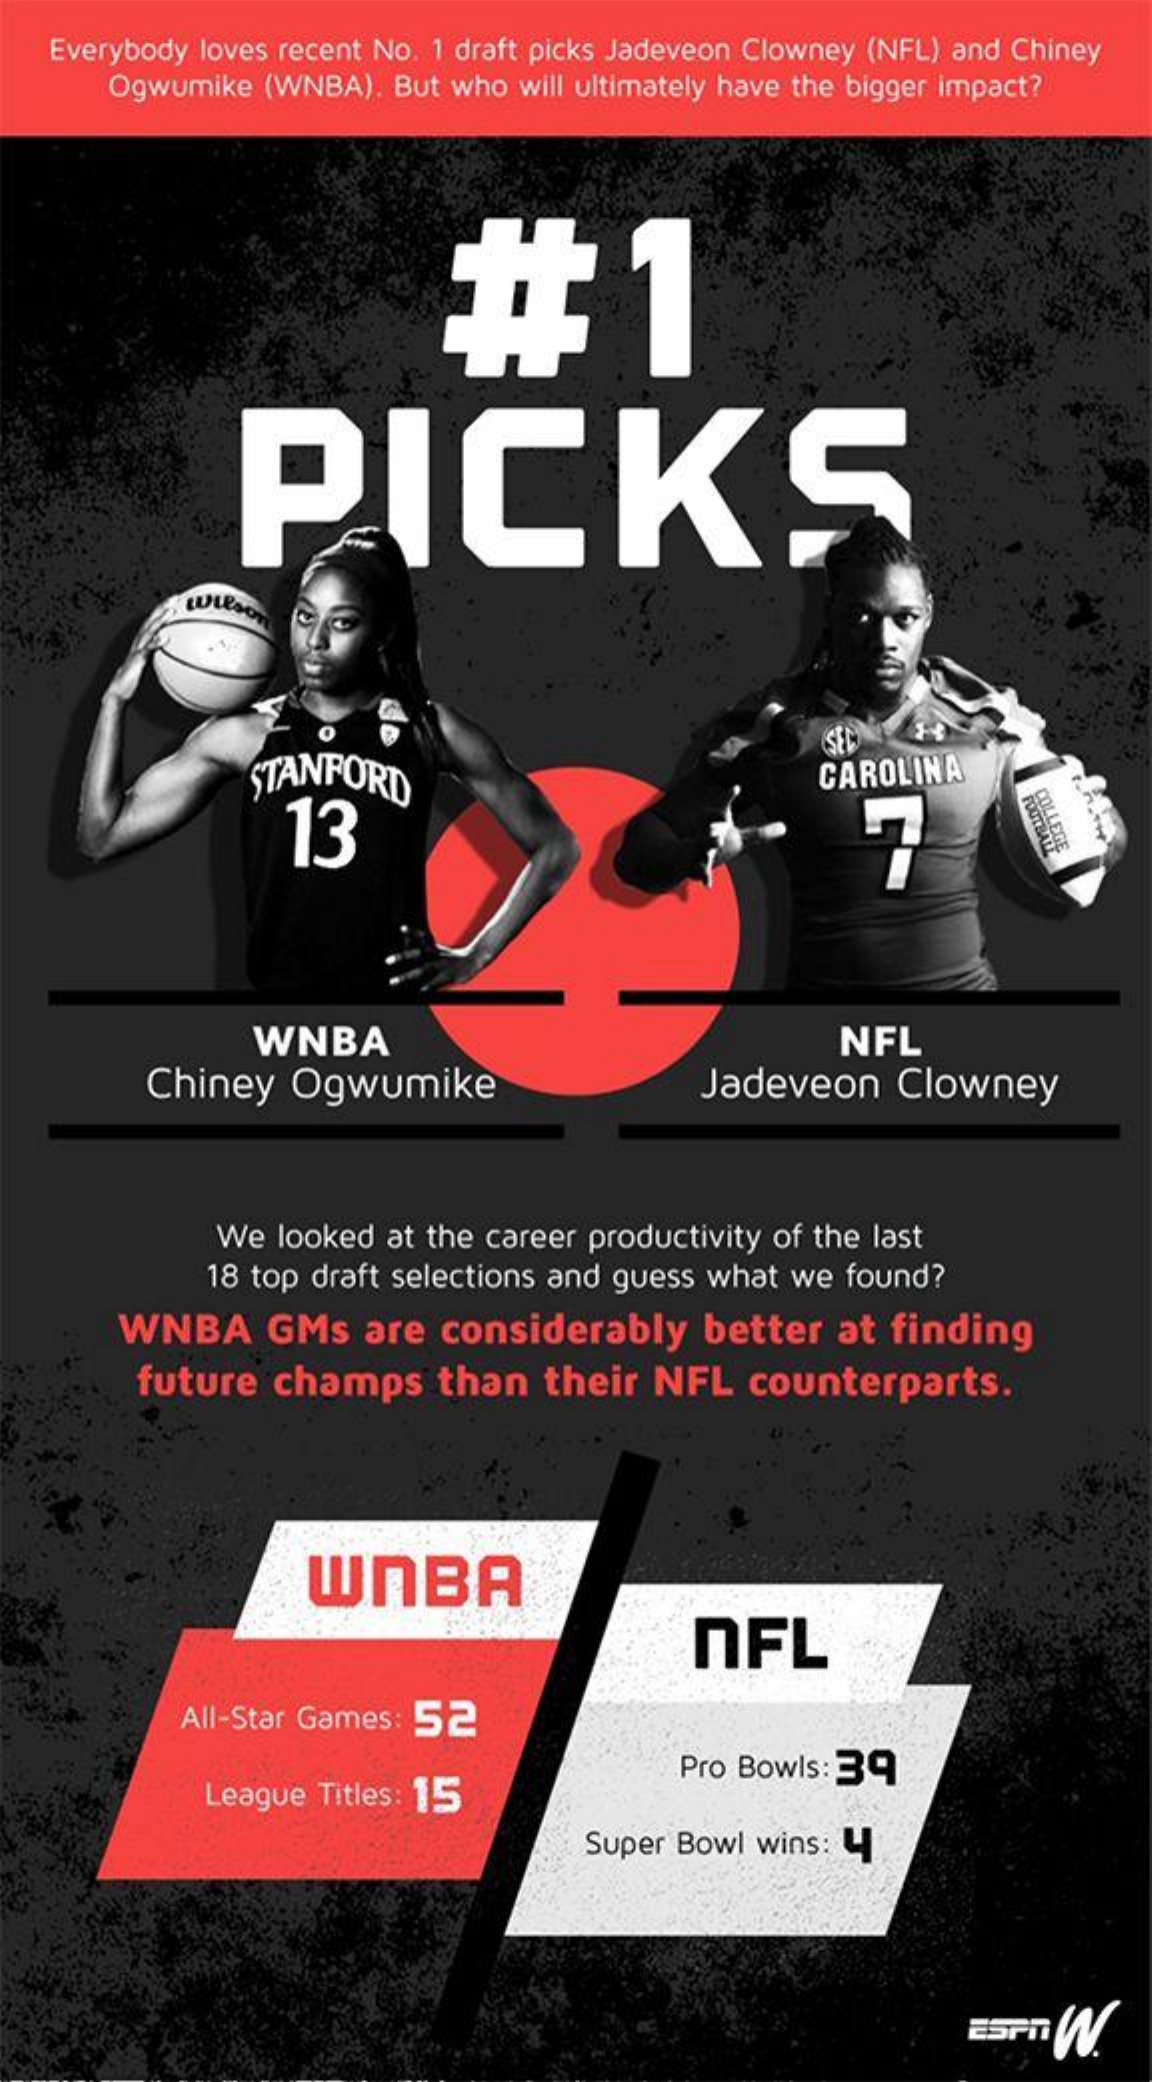
Everybody loves recent No. 1 draft picks Jadeveon Clowney (NFL) and Chiney
     Ogwumike (WNBA). But who will ultimately have the bigger impact?
     #1
     PICKS
     WIESON
     STANFORD
     SE
     CAROLINA
     COLLE 13
     WNBA    NFL
     Chiney  Ogwumike    Jadeveon   Clowney
     We  looked at the career productivity of the last
     18 top draft selections and guess what we found?
     WNBA    GMs   are considerably    better  at finding
     future  champs    than   their NFL   counterparts.
     WNBA
     NFL
     All-Star Games: 52
     League Titles: 15
     Pro Bowls:39
     Super Bowl wins: 4